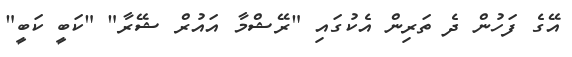
އޭގެ ފަހުން ދެ ތަރިން އެކުގައި "ރޭޝްމާ އައުރް ޝޭރާ" "ކަބީ ކަބީ"